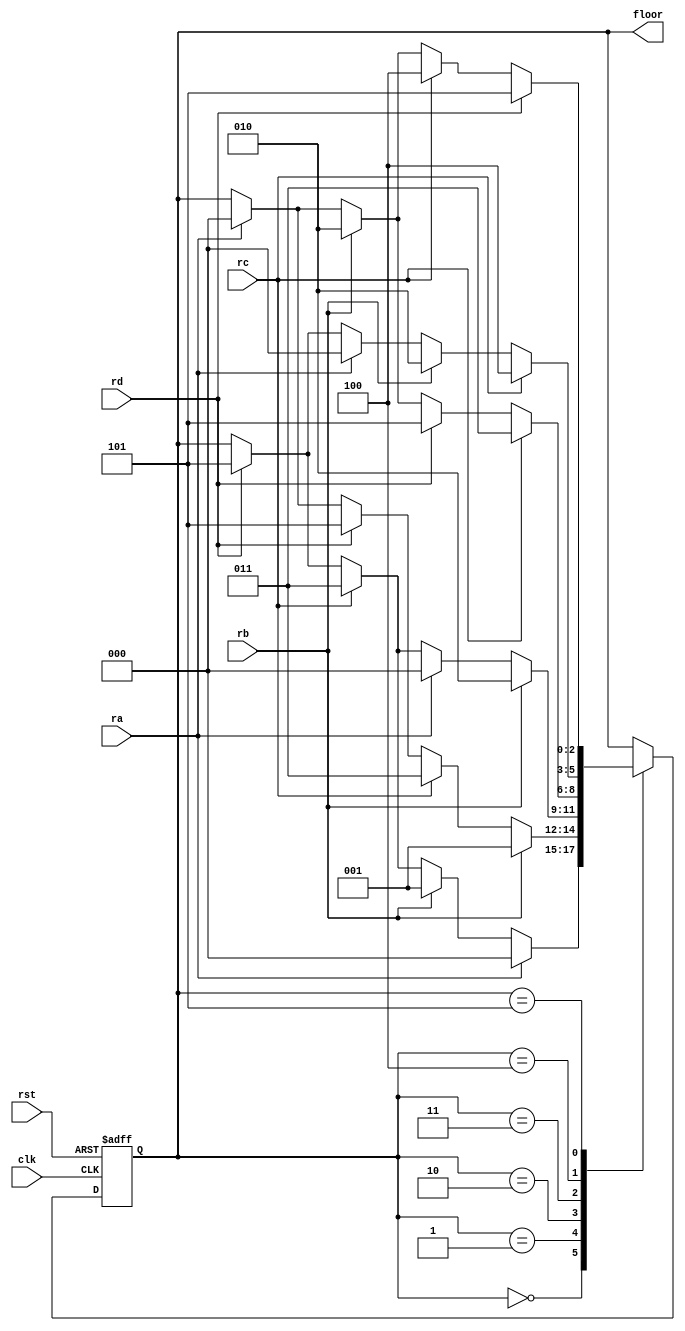
module lift (clk,rst,ra,rb,rc,rd,floor);
 
input clk,rst,ra,rb,rc,rd;
output [2:0] floor;
reg [2:0] floor;
parameter A=0, BU=1, BD=2, CU=3, CD=4, D=5; //Floor A, Floor-B (direction Upper), Floor B (Direction-Down), Floor-C (direction Upper), Floor C (Direction-Down), Floor D
//enum {A,BU,BD,CU,CD,D} floor;
always @(posedge clk or posedge rst)
begin
	if (rst) floor <=A;
	else 
	case (floor) 
	A: case (1)
		ra : floor <= A;
		rb : floor <= BU;
		rc : floor <= CU;
		rd : floor <=D;
	   endcase
		
    BU: case (1)
		rb : floor <= BU;
		rc : floor <= CU;
		rd : floor <= D;
		ra : floor <=A;
	   endcase
	   	
    BD: case (1)
		rb : floor <= BD;
		ra : floor <=A;
		rc : floor <= CU;
		rd : floor <= D;
	   endcase
	   
	CU: case (1)
		rc : floor <= CU;
		rd : floor <=D;
		rb : floor <= BD;
		ra : floor <= A;
	   endcase
	  
	CD: case (1)
		rc : floor <=CD;
		rb : floor <= BD;
		ra : floor <= A;
		rd : floor <=D;
		endcase 
	
    D: case (1)
	    rd : floor <=D; 
		rc : floor <=CD;
		rb : floor <= BD;
		ra : floor <= A;
		
		endcase
		
	endcase
end

endmodule